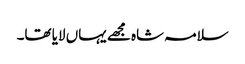
سلامہ شاہ مجھے یہاں لایا تھا۔